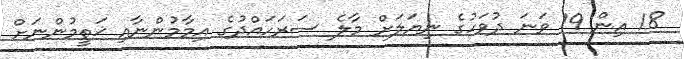
18 އިން 19 ވަނަ ދުވަހުގެ ނިޔަލަށް މާލެ ސަރަހައްދުގެ އިމާމުންނާއި ޚަތީމުންނަށް